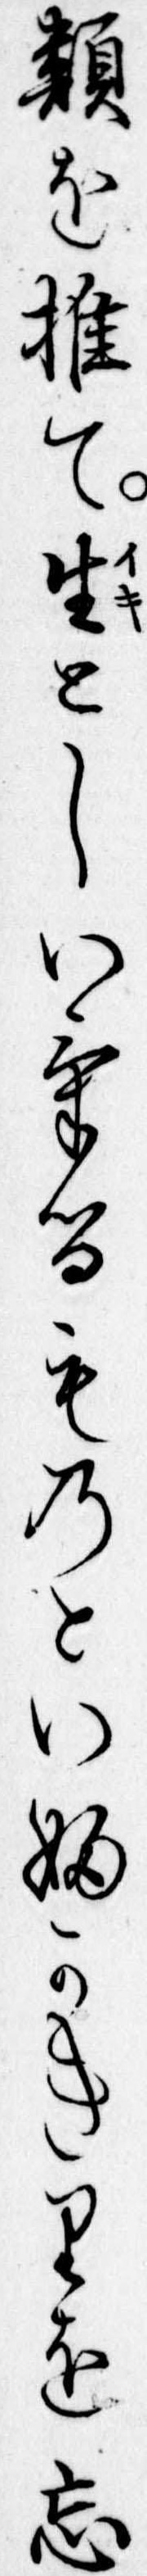
類を推て生としいけるものといふかきりを忘